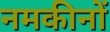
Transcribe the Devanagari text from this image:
नमकीनों